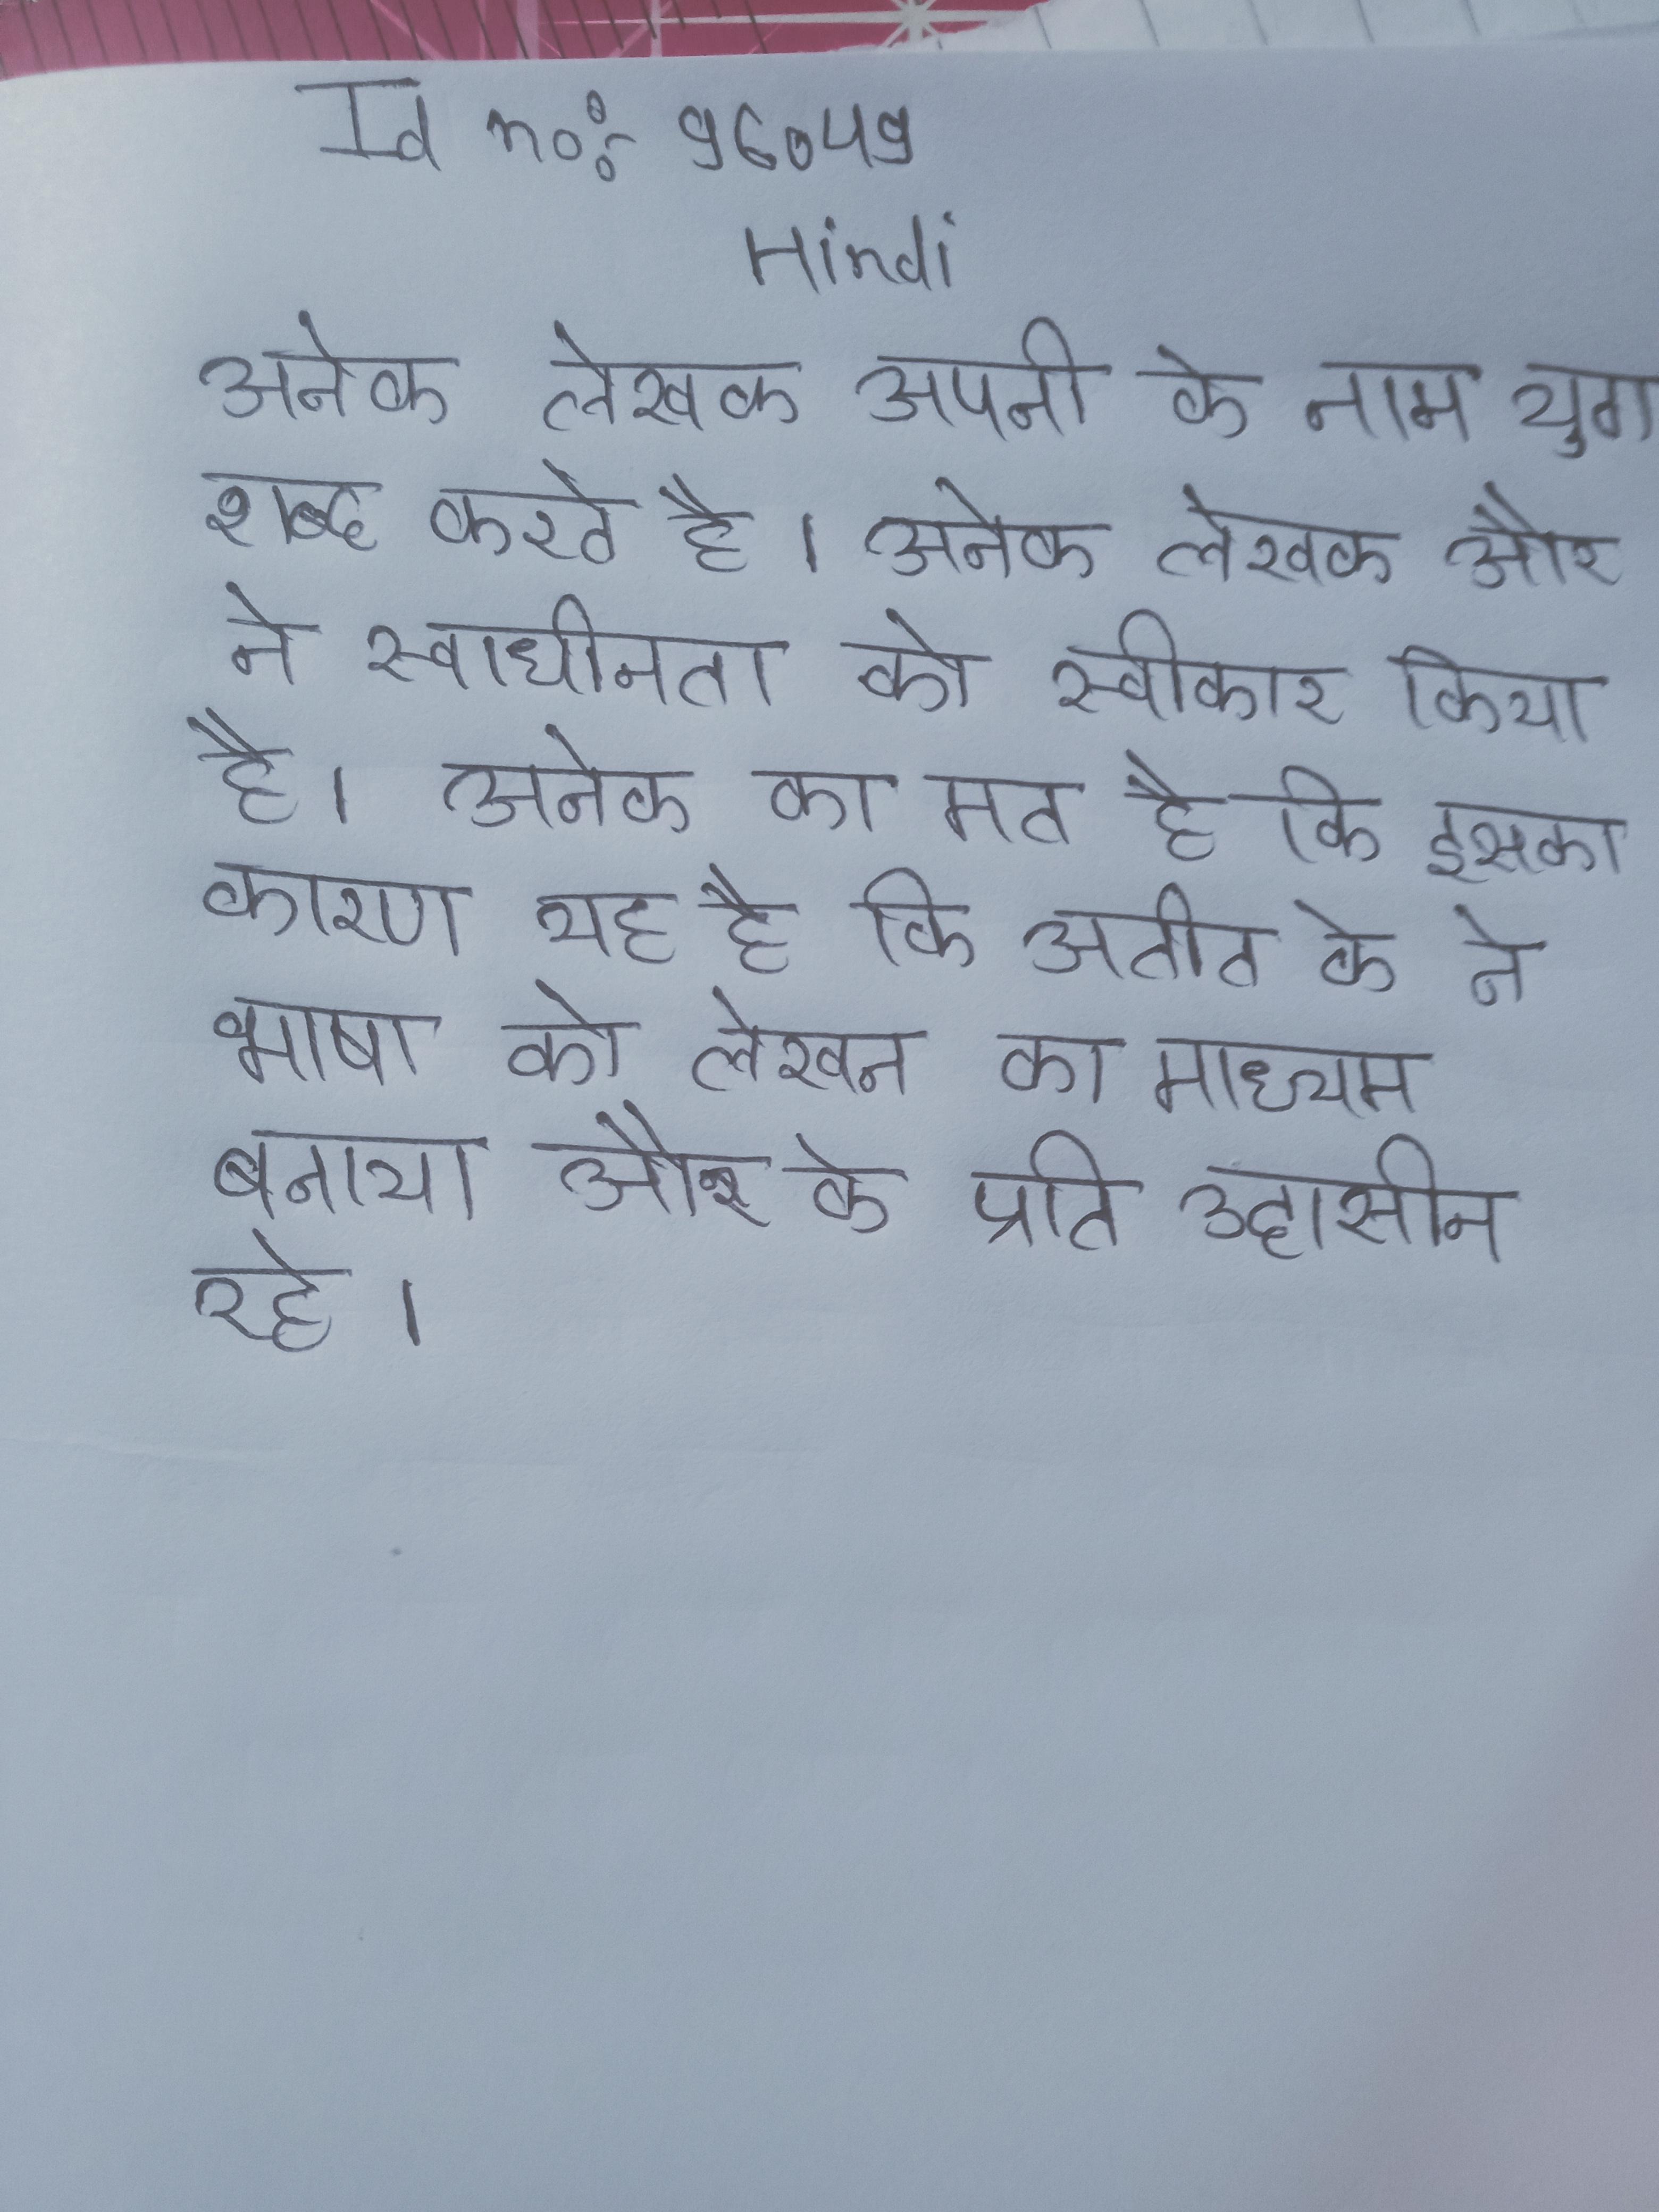
अनेक लेखक अपनी के नाम युग शब्द करते है । अनेक लेखक और ने स्वाधीनता को स्वीकार किया है । अनेक का मत है कि इसका कारण यह है कि अतीत के ने भाषा को लेखन का माध्यम बनाया और के प्रति उदासीन रहे ।